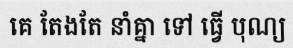
គេ តែងតែ នាំគ្នា ទៅ ធ្វើ បុណ្យ